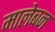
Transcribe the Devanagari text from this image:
मालेबन